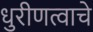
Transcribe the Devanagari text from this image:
धुरीणत्वाचे